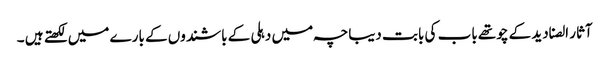
آثار الصنادید کے چوتھے باب کی بابت دیباچہ میں دہلی کے باشندوں کے بارے میں لکھتے ہیں ۔